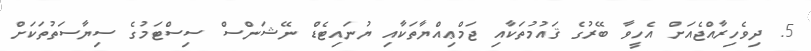
5. ދިވެހިރާއްޖެއަށް އެހީވާ ބޭރުގެ ޤައުމުތަކާއި ޖަމްޢިއްޔާތަކާއި ޔުނައިޓެޑް ނޭޝަންސް ސިސްޓަމުގެ ސިޔާސަތުތަކަށް